Insane asylums in Bengal annual reports 1867-1875 - 1867-1875
Year: 1867
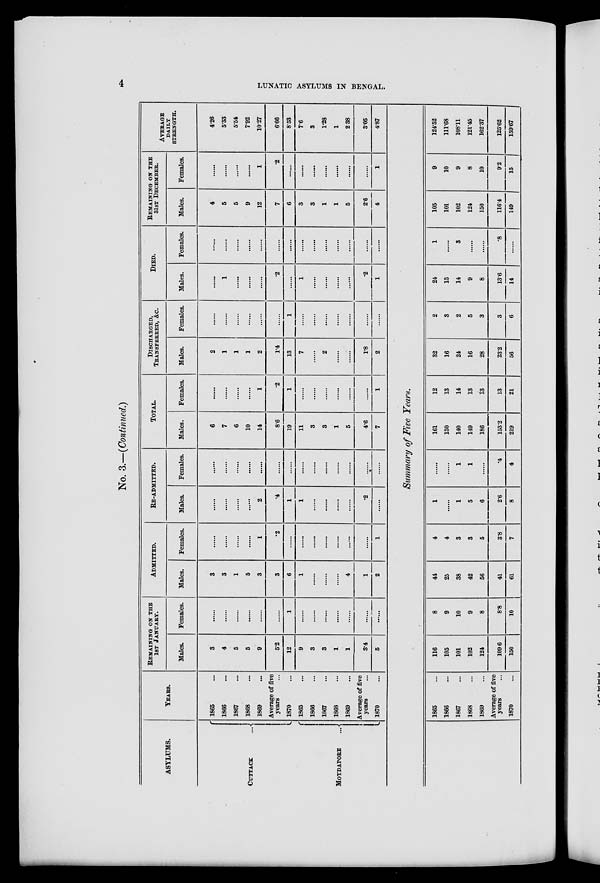
LUNATIC ASYLUMS IN BENGAL. 4
No. 3.—(Continued.)
ASYLUMS.
CUTTACK
...
MOYDAPORE
...
YEARS.
1865 ...
1866 ...
1867 ...
1868 ...
1869 ...
Average of five
years ...
1870 ...
1865 ...
1866 ...
1867 ...
1868 ...
1869 ...
Average of five
years ...
1870 ...
REMAINING ON THE
1ST JANUARY.
Males.
3
4
5
5
9
52
12
9
3
3
1
1
3.4
5
Females.
......
......
......
......
......
......
1
......
......
......
......
......
......
......
ADMITTED.
Males.
3
3
1
5
3
3
6
1
......
......
......
4
1
2
Females.
......
......
......
......
1
.2
......
......
......
......
......
......
......
1
RE-ADMITTED.
Males.
......
......
......
......
2
.4
1
1
......
......
......
......
.2
......
Females.
......
......
......
......
......
......
......
......
......
......
......
......
......
......
TOTAL.
Males.
6
7
6
10
14
8.6
19
11
3
3
1
5
4.6
7
Females.
......
......
......
......
1
.2
1
......
......
......
......
......
......
1
DISCHARGED,
TRANSFERRED, &C.
Males.
2
1
1
1
2
1.4
13
7
......
2
......
......
1.8
2
Females.
......
......
......
......
......
......
1
......
......
......
......
......
......
......
DIED.
Males.
......
1
......
......
......
.2
......
1
......
......
......
......
.2
1
Females.
......
......
......
......
......
......
......
......
......
......
......
......
......
......
REMAINING ON THE
31ST DECEMBER.
Males.
4
5
5
9
12
7
6
3
3
1
1
5
2.6
4
Females.
......
......
......
......
1
.2
......
......
......
......
......
......
......
1
AVERAGE
DAILY
STRENGTH.
4.26
5.33
5.54
7.92
10.27
6.66
8.53
7.6
3
1.28
1
2.38
3.05
4.87
Summary of Five Years.
1865 ...
1866 ...
1867 ...
1868 ...
1869 ...
Average of five
years ...
1870 ...
116
105
101
102
124
109.6
150
8
9
10
9
8
8.8
10
44
25
38
42
56
41
61
4
4
3
3
5
3.8
7
1
......
1
5
6
2.6
8
......
......
1
1
......
.4
4
161
130
140
149
186
153.2
219
12
13
14
13
13
13
21
32
16
24
16
28
23.2
56
2
3
2
5
3
3
6
24
13
14
9
8
13.6
14
1
......
3
......
......
.8
......
105
101
102
124
150
116.4
149
9
10
9
8
10
9.2
15
124.52
111.68
108.11
121.45
162.37
125.62
159.67